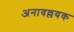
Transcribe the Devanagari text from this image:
अनावल्लयक